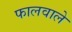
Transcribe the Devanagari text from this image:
फालवाले